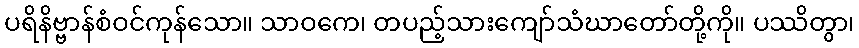
ပရိနိဗ္ဗာန်စံဝင်ကုန်သော။ သာဝကေ၊ တပည့်သားကျော်သံဃာတော်တို့ကို။ ပဿိတွာ၊